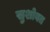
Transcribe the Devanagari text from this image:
सुशोबत